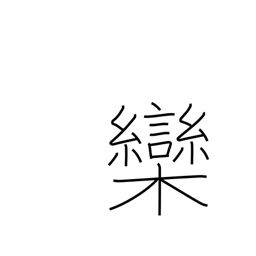
Meaning: chinaberry tree